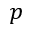
p